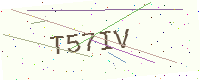
Text: T57IV